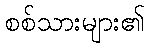
စစ်သားများ၏